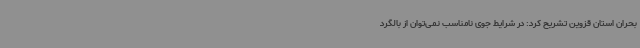
بحران استان قزوین تشریح کرد: در شرایط جوی نامناسب نمی‌توان از بالگرد